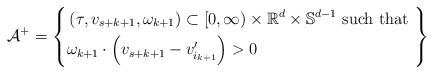
LaTeX: \begin{align*}\mathcal{A}^+ =\left\{\begin{aligned}& \left(\tau,v_{s+k+1},\omega_{k+1}\right)\subset[0,\infty)\times\mathbb{R}^d \times \mathbb{S}^{d-1}\textnormal{ such that }\\& \omega_{k+1} \cdot \left(v_{s+k+1}-v_{i_{k+1}}^\prime\right)>0\end{aligned}\right\}\end{align*}